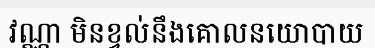
វណ្ណា មិនខ្វល់នឹងគោលនយោបាយ